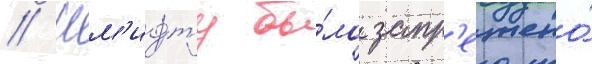
// Шм'идту бы́ло запр'ещено́